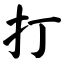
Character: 打